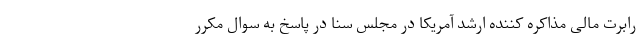
رابرت مالی مذاکره کننده ارشد آمریکا در مجلس سنا در پاسخ به سوال مکرر